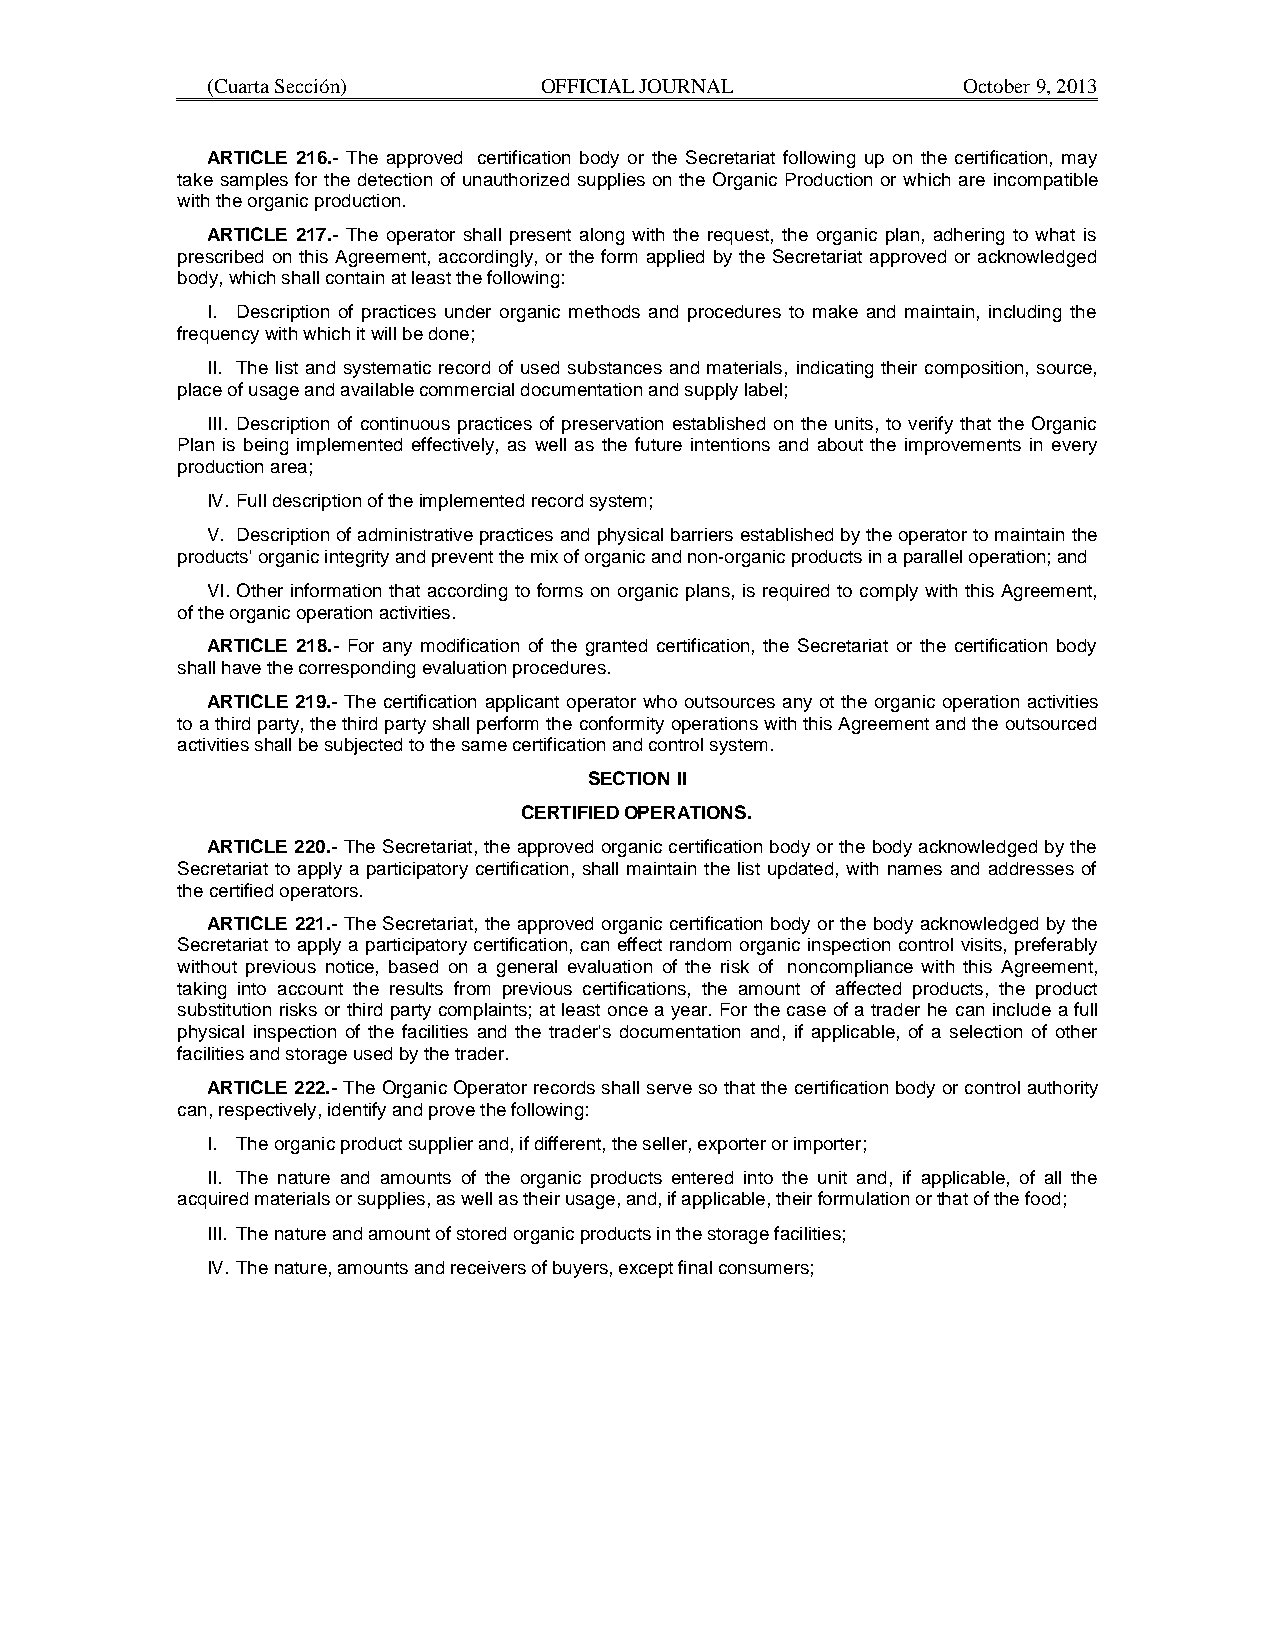
(Cuarta Sección)      OFFICIAL JOURNAL            October 9, 2013
 ARTICLE 216.- The approved certification body or the Secretariat following up on the certification, may
 take samples for the detection of unauthorized supplies on the Organic Production or which are incompatible
 with the organic production.
 ARTICLE 217.- The operator shall present along with the request, the organic plan, adhering to what is
 prescribed on this Agreement, accordingly, or the form applied by the Secretariat approved or acknowledged
 body, which shall contain at least the following:
 I. Description of practices under organic methods and procedures to make and maintain, including the
 frequency with which it will be done;
 II. The list and systematic record of used substances and materials, indicating their composition, source,
 place of usage and available commercial documentation and supply label;
 III. Description of continuous practices of preservation established on the units, to verify that the Organic
 Plan is being implemented effectively, as well as the future intentions and about the improvements in every
 production area;
 IV. Full description of the implemented record system;
 V. Description of administrative practices and physical barriers established by the operator to maintain the
 products' organic integrity and prevent the mix of organic and non-organic products in a parallel operation; and
 VI. Other information that according to forms on organic plans, is required to comply with this Agreement,
 of the organic operation activities.
 ARTICLE 218.- For any modification of the granted certification, the Secretariat or the certification body
 shall have the corresponding evaluation procedures.
 ARTICLE 219.- The certification applicant operator who outsources any ot the organic operation activities
 to a third party, the third party shall perform the conformity operations with this Agreement and the outsourced
 activities shall be subjected to the same certification and control system.
 SECTION II
 CERTIFIED OPERATIONS.
 ARTICLE 220.- The Secretariat, the approved organic certification body or the body acknowledged by the
 Secretariat to apply a participatory certification, shall maintain the list updated, with names and addresses of
 the certified operators.
 ARTICLE 221.- The Secretariat, the approved organic certification body or the body acknowledged by the
 Secretariat to apply a participatory certification, can effect random organic inspection control visits, preferably
 without previous notice, based on a general evaluation of the risk of noncompliance with this Agreement,
 taking into account the results from previous certifications, the amount of affected products, the product
 substitution risks or third party complaints; at least once a year. For the case of a trader he can include a full
 physical inspection of the facilities and the trader's documentation and, if applicable, of a selection of other
 facilities and storage used by the trader.
 ARTICLE 222.- The Organic Operator records shall serve so that the certification body or control authority
 can, respectively, identify and prove the following:
 I. The organic product supplier and, if different, the seller, exporter or importer;
 II. The nature and amounts of the organic products entered into the unit and, if applicable, of all the
 acquired materials or supplies, as well as their usage, and, if applicable, their formulation or that of the food;
 III. The nature and amount of stored organic products in the storage facilities;
 IV. The nature, amounts and receivers of buyers, except final consumers;